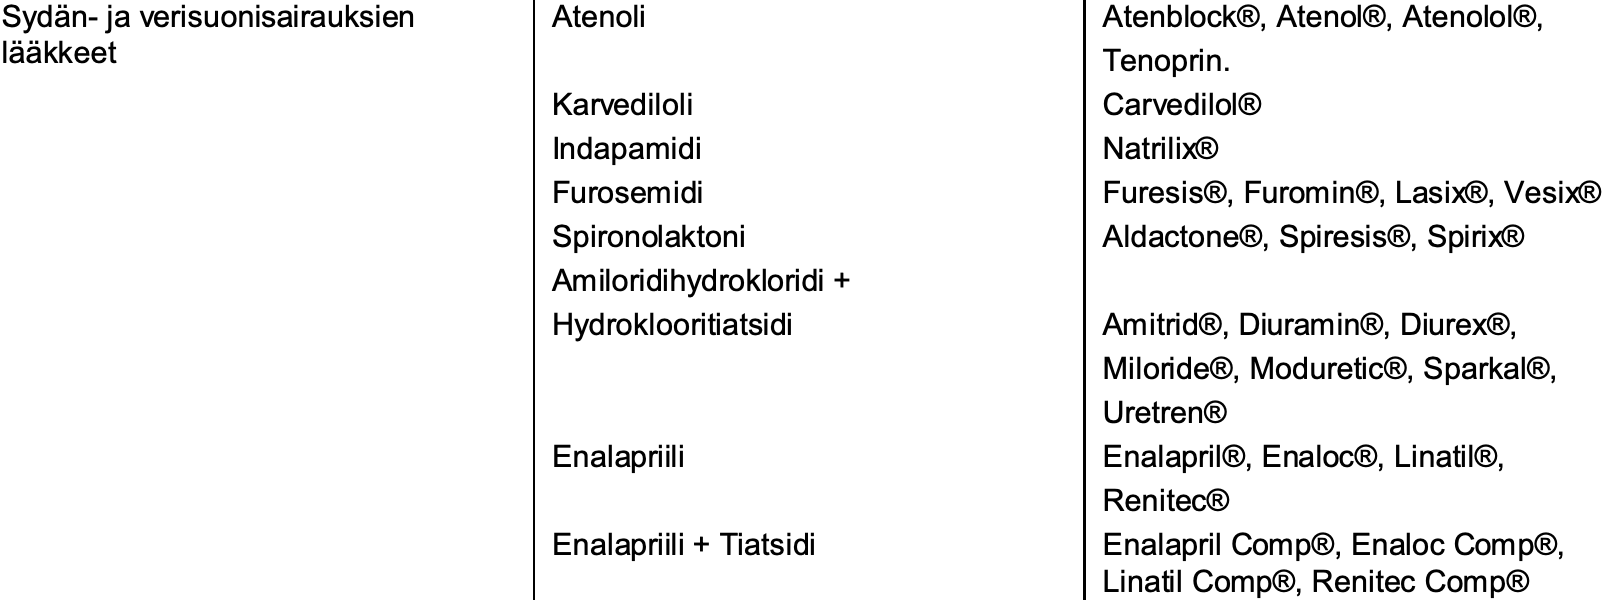
Sydän-ja verisuonisairauksien Atenoli Atenblock®, Atenol®, Atenolol®, lääkkeet                             Tenoprin. Karvediloli        Carvedilol® Indapamidi         Natrilix® Furosemidi         Furesis®, Furomin®, Lasix®, Vesix® Spironolaktoni     Aldactone®, Spiresis®, Spirix® Amiloridihydrokloridi+ Hydroklooritiatsidi Amitrid®, Diuramin®, Diurex®, Miloride®, Moduretic®, Sparkal®, Uretren® Enalapriili        Enalapril®, Enaloc®, Linatil®, Renitec® Enalapriili+ Tiatsidi EnalaprilComp®, EnalocComp®, LinatilComp®, RenitecComp®